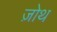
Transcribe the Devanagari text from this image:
ज़ोथ